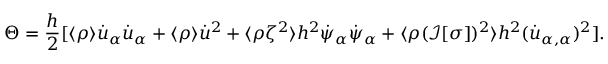
\Theta = \frac { h } { 2 } [ \langle \rho \rangle \dot { u } _ { \alpha } \dot { u } _ { \alpha } + \langle \rho \rangle \dot { u } ^ { 2 } + \langle \rho \zeta ^ { 2 } \rangle h ^ { 2 } \dot { \psi } _ { \alpha } \dot { \psi } _ { \alpha } + \langle \rho ( \mathcal { I } [ \sigma ] ) ^ { 2 } \rangle h ^ { 2 } ( \dot { u } _ { \alpha , \alpha } ) ^ { 2 } ] .